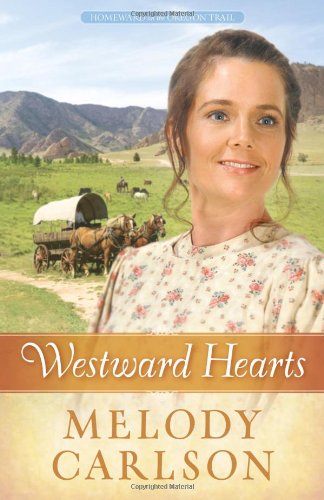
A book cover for Westward Hearts (Homeward on the Oregon Trail); Melody A. Carlson; Christian Books & Bibles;